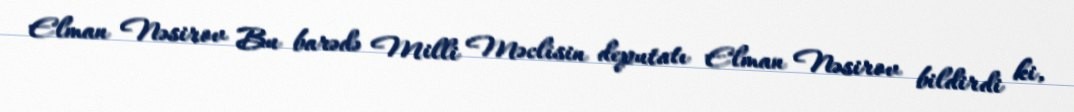
Elman Nəsirov Bu barədə Milli Məclisin deputatı Elman Nəsirov bildirdi ki,